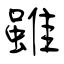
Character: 雖